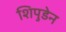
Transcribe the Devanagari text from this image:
शिपुडेन